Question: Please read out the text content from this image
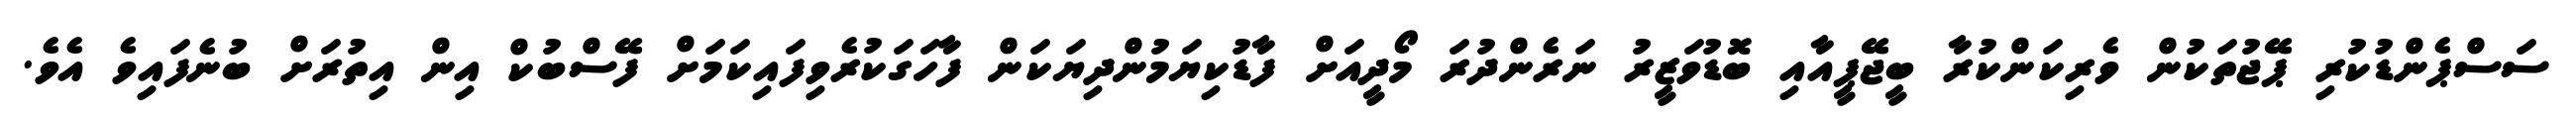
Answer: ސަސްޕެންޑުކުރި ޕޭޖުތަކުން ވެރިކަންކުރާ ބީޖޭޕީއާއި ބޮޑުވަޒީރު ނަރެންދުރަ މޯދީއަށް ފާޑުކިޔަމުންދިޔަކަން ފާހަގަކުރެވިފައިކަމަށް ފޭސްބުކް އިން އިތުރަށް ބުނެފައިވެ އެވެ.